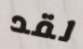
لقد